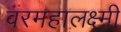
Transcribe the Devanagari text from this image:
वरमहालक्ष्मी